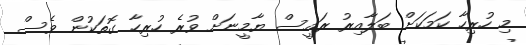
މި ހުރިހާ ކަމަކަށް ބަލާއިރު ރައީސް ޔާމީނަށް ވުރެ ހުރިހާ ގޮތަކުން ވެސް